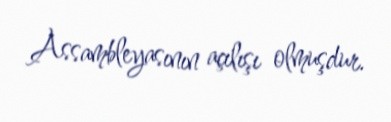
Assambleyasının açılışı olmuşdur.